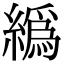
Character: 𦅂